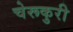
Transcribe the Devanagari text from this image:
चेरूकुरी